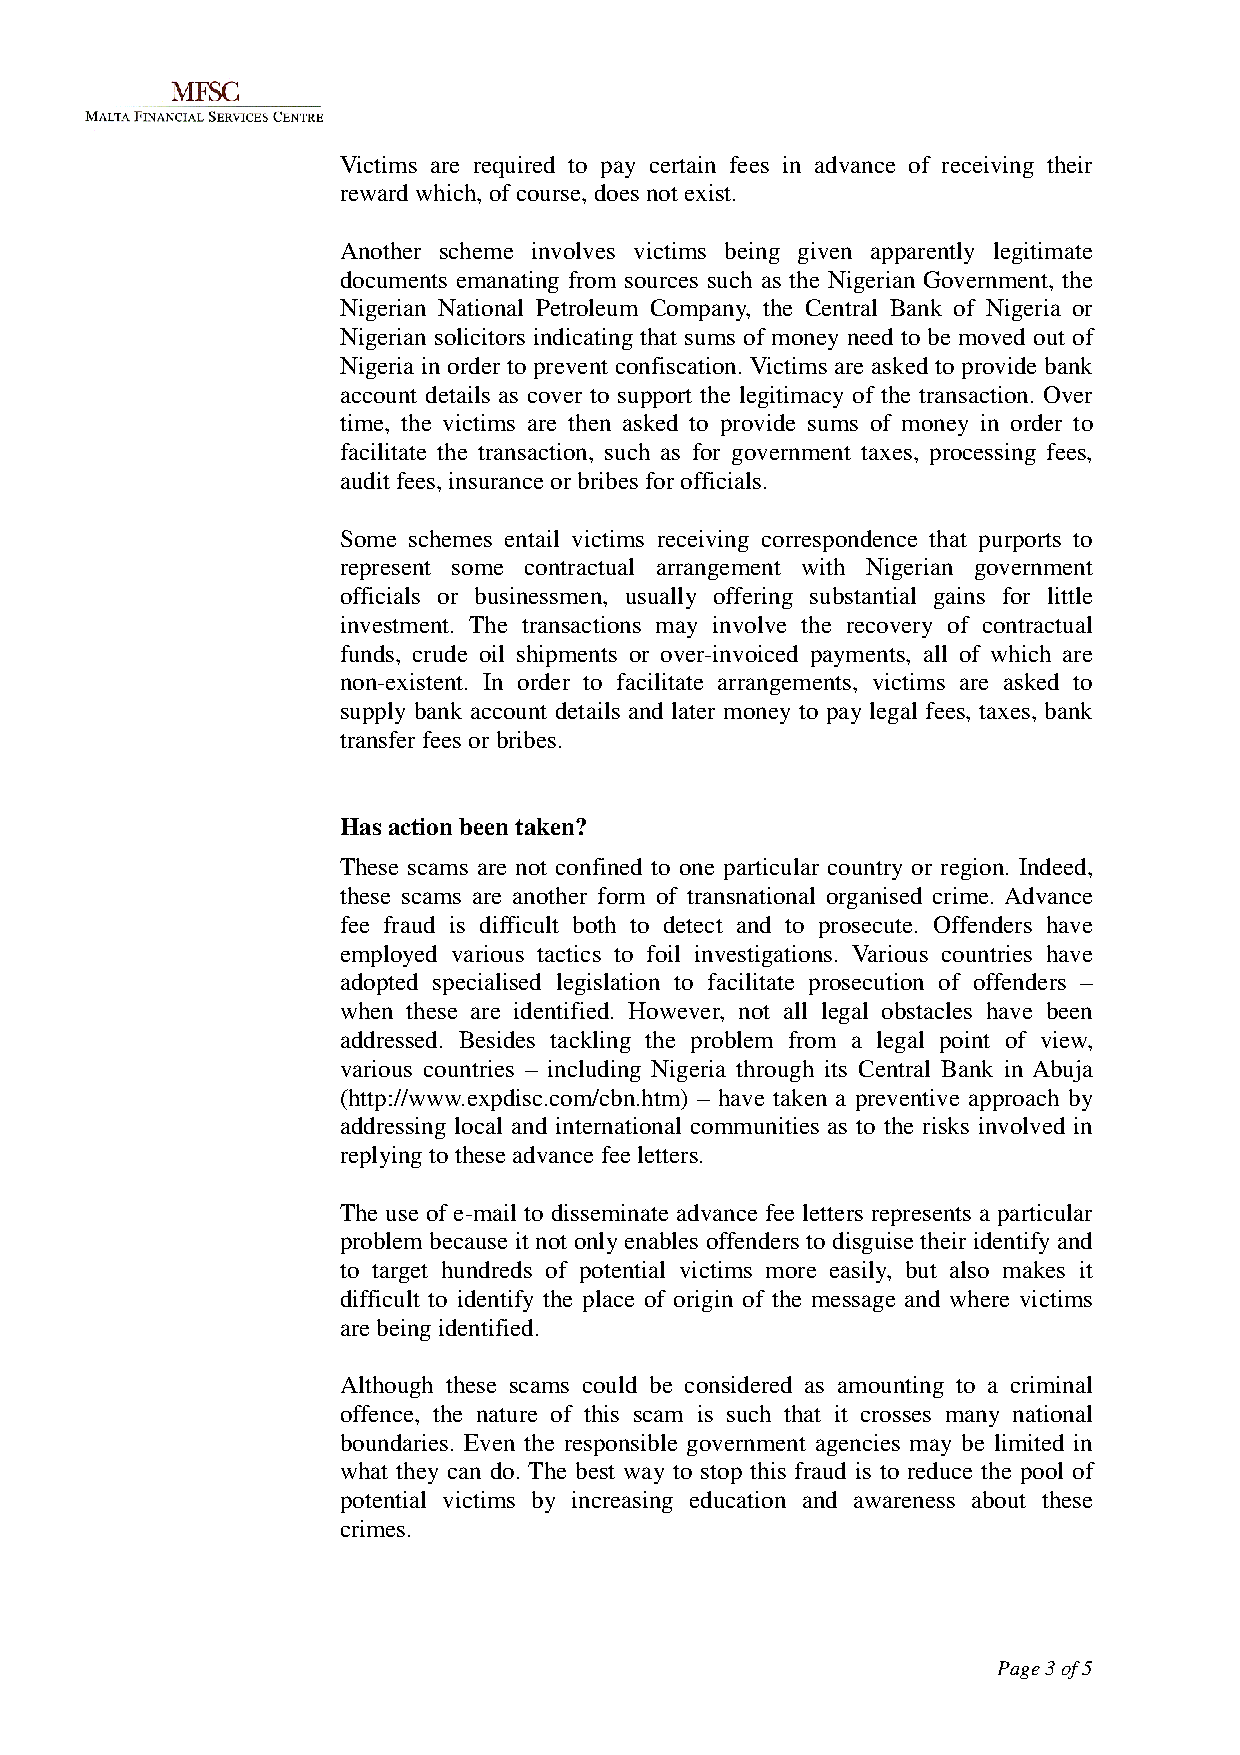
Victims are required to pay certain fees in advance of receiving their
 reward which, of course, does not exist.
 Another scheme involves victims being given apparently legitimate
 documents emanating from sources such as the Nigerian Government, the
 Nigerian National Petroleum Company, the Central Bank of Nigeria or
 Nigerian solicitors indicating that sums of money need to be moved out of
 Nigeria in order to prevent confiscation. Victims are asked to provide bank
 account details as cover to support the legitimacy of the transaction. Over
 time, the victims are then asked to provide sums of money in order to
 facilitate the transaction, such as for government taxes, processing fees,
 audit fees, insurance or bribes for officials.
 Some schemes entail victims receiving correspondence that purports to
 represent some contractual arrangement with Nigerian government
 officials or businessmen, usually offering substantial gains for little
 investment. The transactions may involve the recovery of contractual
 funds, crude oil shipments or over-invoiced payments, all of which are
 non-existent. In order to facilitate arrangements, victims are asked to
 supply bank account details and later money to pay legal fees, taxes, bank
 transfer fees or bribes.
 Has action been taken?
 These scams are not confined to one particular country or region. Indeed,
 these scams are another form of transnational organised crime. Advance
 fee fraud is difficult both to detect and to prosecute. Offenders have
 employed various tactics to foil investigations. Various countries have
 adopted specialised legislation to facilitate prosecution of offenders –
 when these are identified. However, not all legal obstacles have been
 addressed. Besides tackling the problem from a legal point of view,
 various countries – including Nigeria through its Central Bank in Abuja
 (http://www.expdisc.com/cbn.htm) – have taken a preventive approach by
 addressing local and international communities as to the risks involved in
 replying to these advance fee letters.
 The use of e-mail to disseminate advance fee letters represents a particular
 problem because it not only enables offenders to disguise their identify and
 to target hundreds of potential victims more easily, but also makes it
 difficult to identify the place of origin of the message and where victims
 are being identified.
 Although these scams could be considered as amounting to a criminal
 offence, the nature of this scam is such that it crosses many national
 boundaries. Even the responsible government agencies may be limited in
 what they can do. The best way to stop this fraud is to reduce the pool of
 potential victims by increasing education and awareness about these
 crimes.
 Page 3 of 5